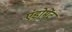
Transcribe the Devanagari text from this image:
एंडोमेंट